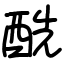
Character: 酰